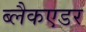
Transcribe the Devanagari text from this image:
ब्लैकएडर